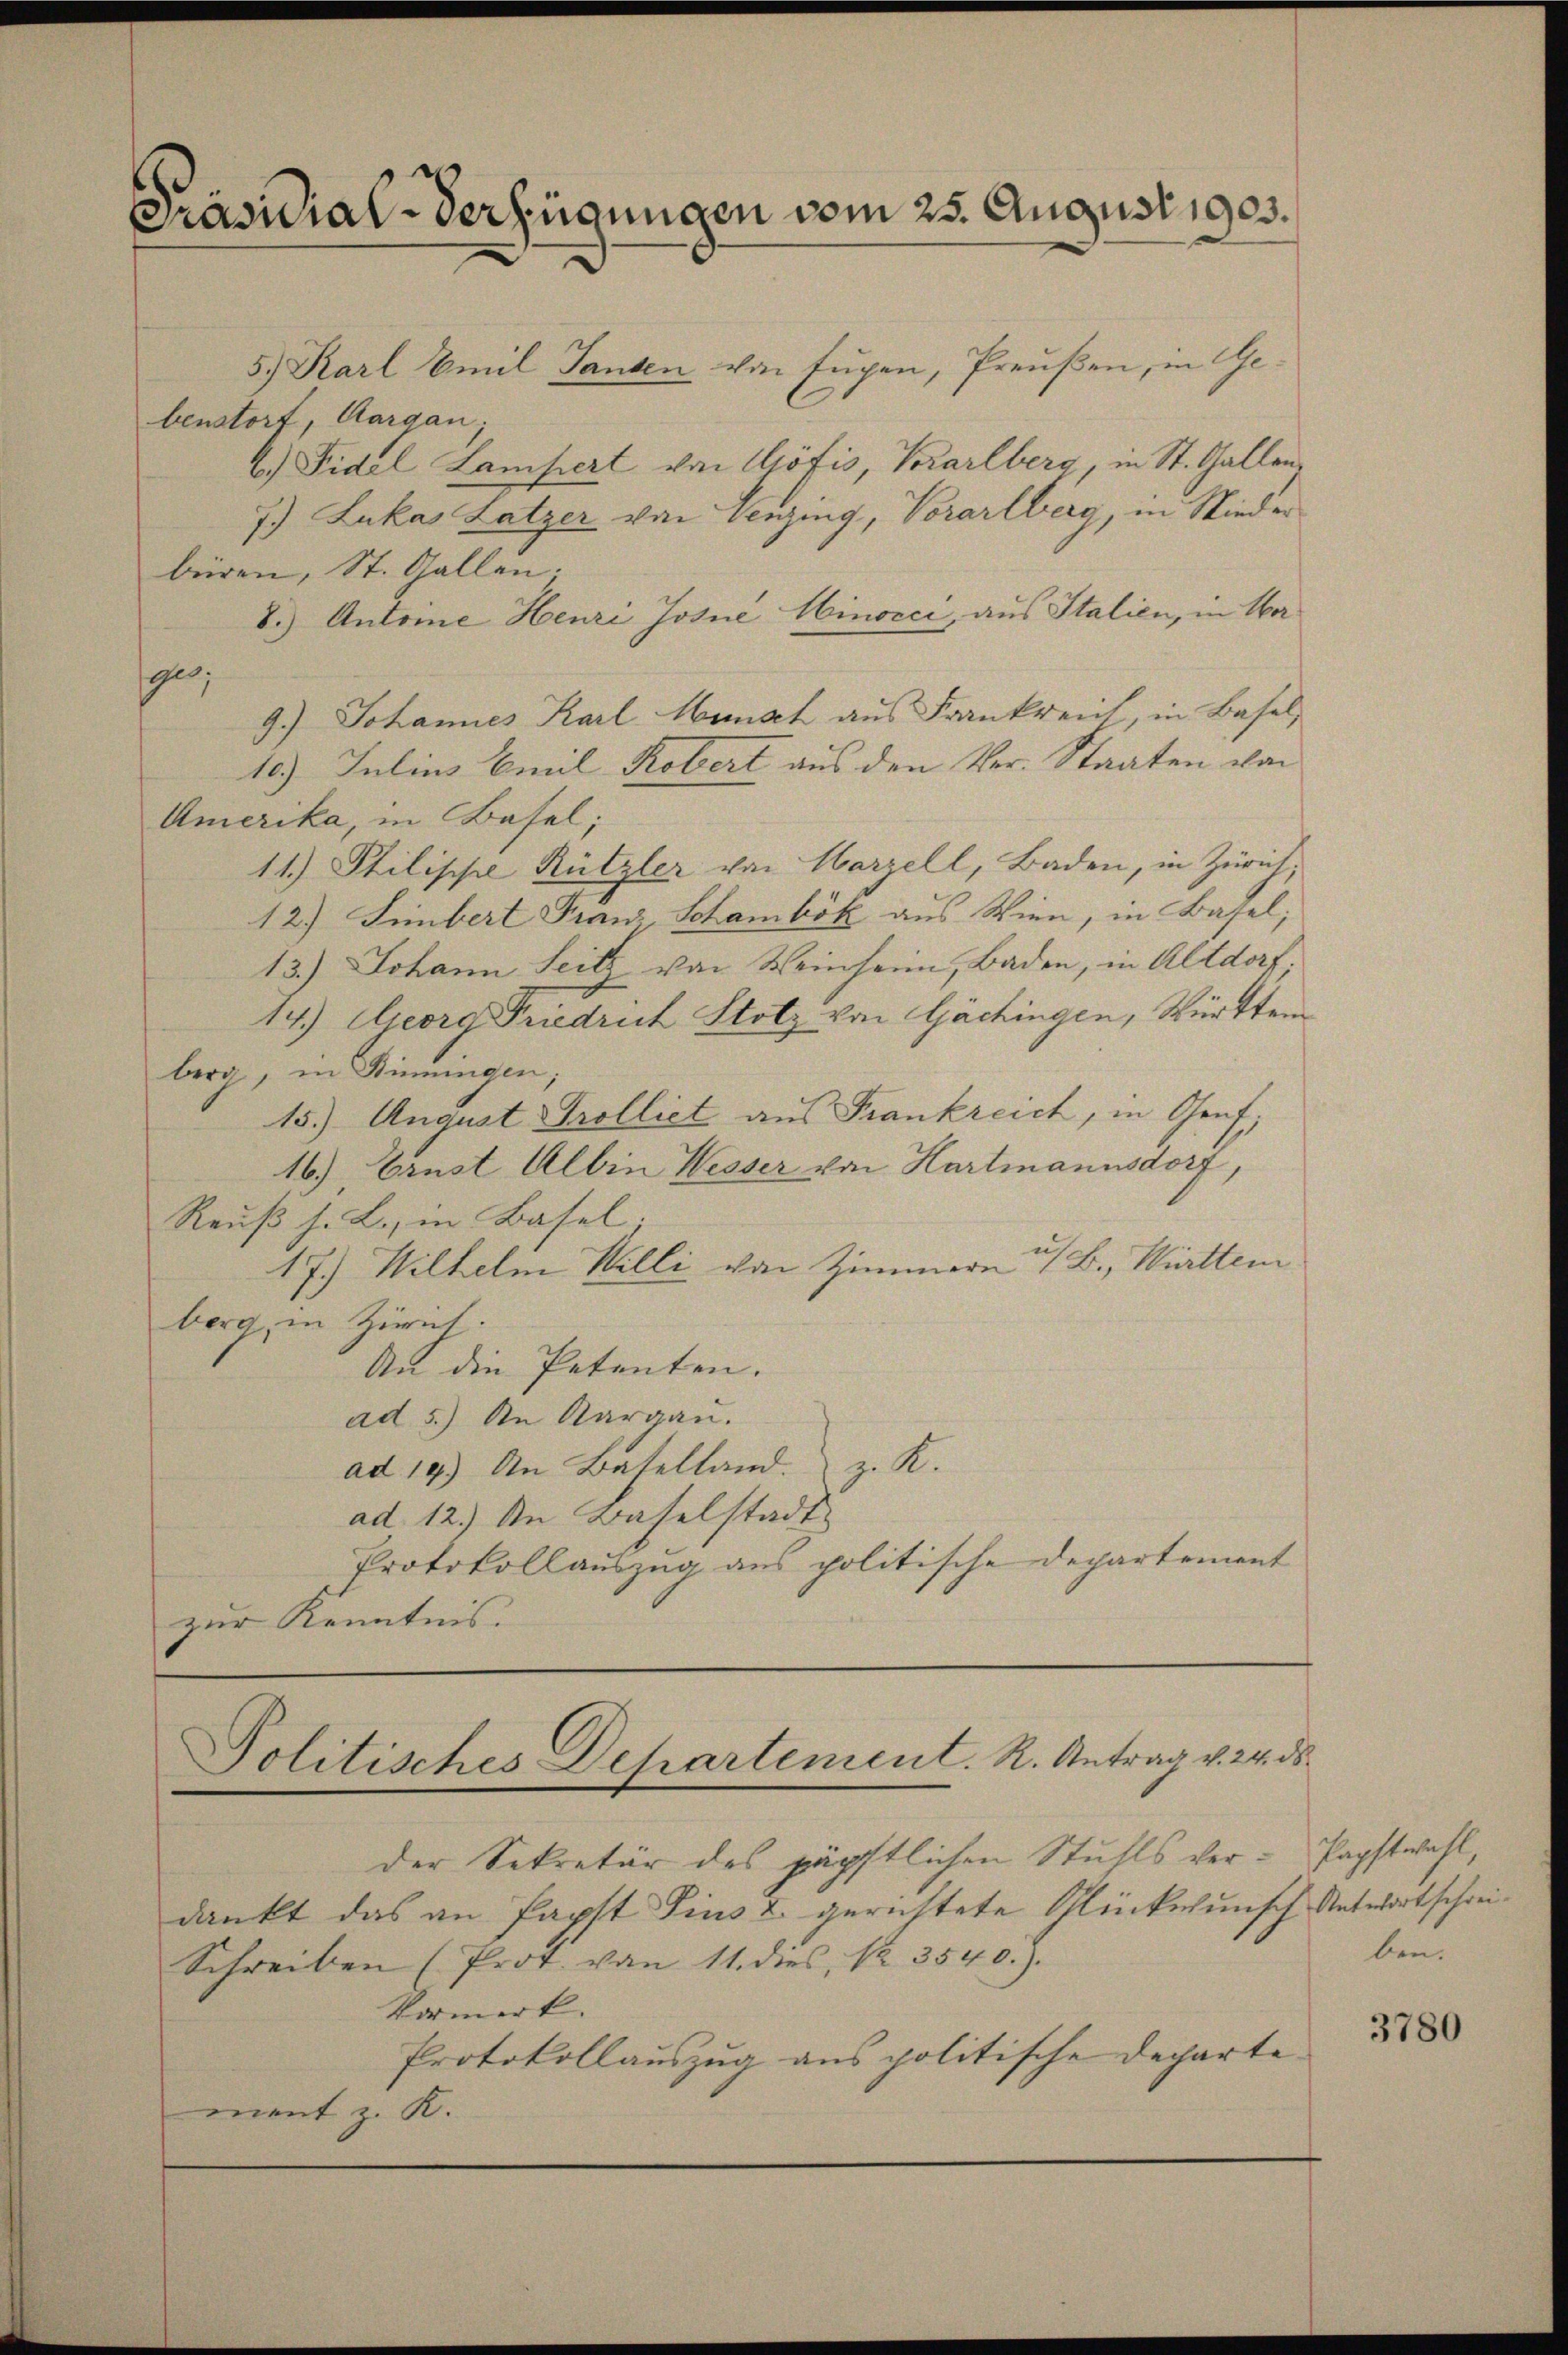
Präsidial-Verfügungen vom 25. August 1905.

A

5.) Karl Emil Tanten von fügen, Preußen, in Gebenstorf, Aargau;
2.) Fidel Lampert von Göfis, Vorarlberg, in St. Gallen,
7.) Lukas Latzer von Venzing, Vorarlberg, in Nieder
büren, St. Gallen.
8.) Antoine Henri Josne Minocci, aus Italien, in Verges;
9.) Johannes Karl Munch aus Frankreich, in Basel,
10.) Julius Emil Robert aus den Ver-Staaten von
Umerika, in Basel;
11.) Philippe Nützler von Harzell, Baden, in Zürich,
12.) Simbert Franz, Schambök aus Wien, in Basel;
13.) Johann Seite von Weinheim, Baden, in Altdorf
14.) Georg Friedrich Stolz von Gächingen, Württem
berg, in Binningen;
15.) August Grolliet aus Frankreich, in Genf;
16.) Ernst Albin Wesser von Hartmannsdorf,
Reuß h. L., in Basel;
17.) Wilhelm Willi von Zimmern 2 B., Württem
berg, in Zürich.
An die Petenten. |
ad 5.) An Aargau.
ad 19.) An Baselland. z. K.
ad 12.) In Baselstadt
Protokollauszug aus politische Departement
zur Kenntnis.

Politisches Departement. R. Antrag v. 24. ds.
der Sekretär des päpstlichen Stuhls ver-Papstwahl,
dankt das an Papst Zins z. gerichtete Glückwunsch Antwortschrei¬

Schreiben (Prot. von 11. dies, Nr. 3540.).
Vormerk. |
ment z. K.

Protokollauszug aus politische Decharte¬

ben.

3780